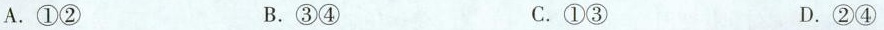
A.①② B.③④ C.①③ D.②④